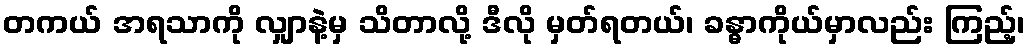
တကယ် အရသာကို လျှာနဲ့မှ သိတာလို့ ဒီလို မှတ်ရတယ်၊ ခန္ဓာကိုယ်မှာလည်း ကြည့်၊